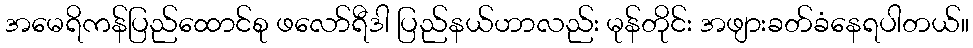
အမေရိကန်ပြည်ထောင်စု ဖလော်ရီဒါ ပြည်နယ်ဟာလည်း မုန်တိုင်း အဖျားခတ်ခံနေရပါတယ်။